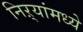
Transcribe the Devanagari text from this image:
निऱ्यांमध्ये